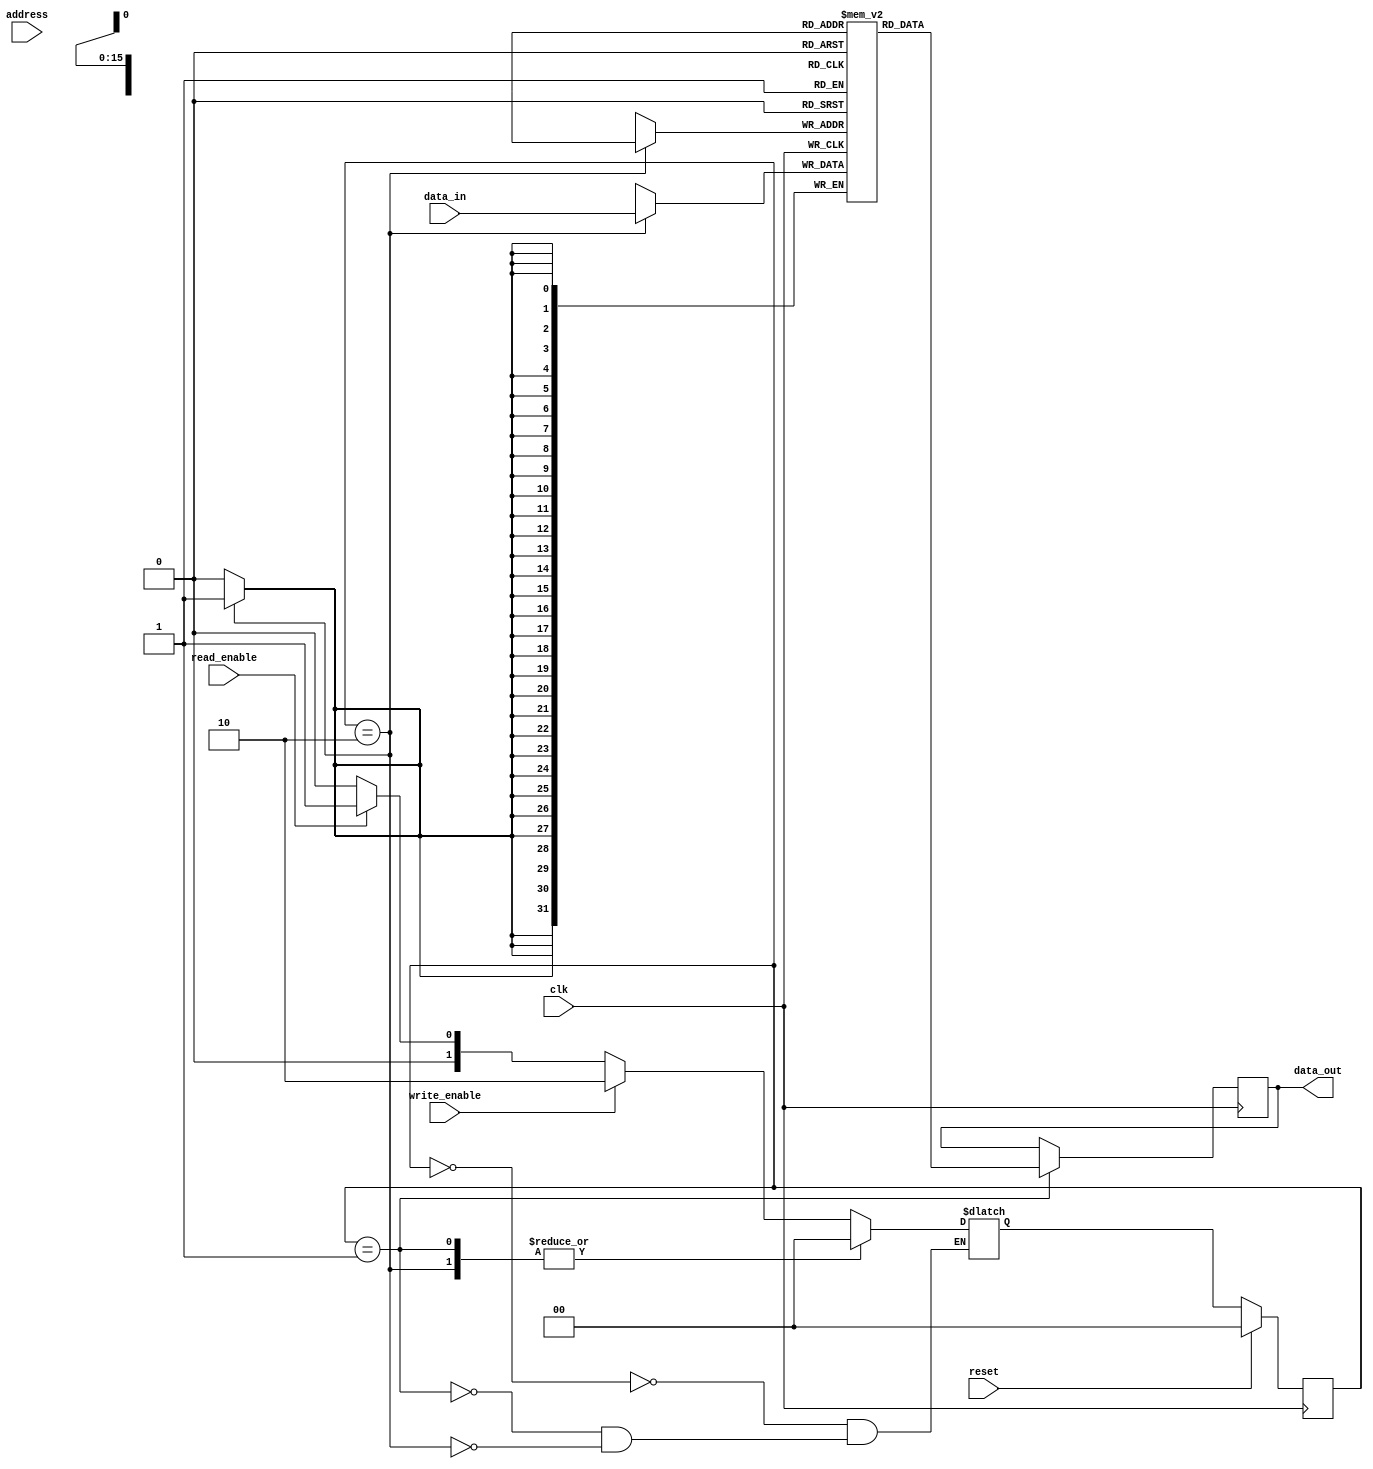
module sdram_controller (
    input wire clk,
    input wire reset,
    input wire write_enable,
    input wire read_enable,
    input wire [31:0] address,
    input wire [31:0] data_in,
    output wire [31:0] data_out
);

// State definitions
parameter IDLE = 2'b00;
parameter READ = 2'b01;
parameter WRITE = 2'b10;

reg [1:0] state, next_state;

// Data buffers
reg [31:0] memory [0:65535];

// Address decoder
reg [31:0] sdram_addr;
reg [31:0] sdram_data;

always @(posedge clk) begin
    if (reset) begin
        state <= IDLE;
    end else begin
        state <= next_state;
    end
end

always @(*) begin
    case(state)
        IDLE: begin
            if (write_enable) begin
                next_state = WRITE;
            end else if (read_enable) begin
                next_state = READ;
            end else begin
                next_state = IDLE;
            end
        end
        READ: begin
            next_state = IDLE;
        end
        WRITE: begin
            next_state = IDLE;
        end
    endcase
end

always @(posedge clk) begin
    if (state == READ) begin
        data_out <= memory[sdram_addr];
    end
end

always @(posedge clk) begin
    if (state == WRITE) begin
        memory[sdram_addr] <= data_in;
    end
end

endmodule